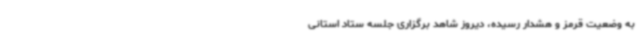
به وضعیت قرمز و هشدار رسیده، دیروز شاهد برگزاری جلسه ستاد استانی